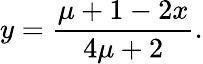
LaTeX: y=\frac{\mu+1-2x}{4\mu+2}.